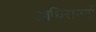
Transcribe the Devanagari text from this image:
आधिराज्यों